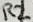
Text: R2